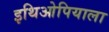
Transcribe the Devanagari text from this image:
इथिओपियाला